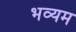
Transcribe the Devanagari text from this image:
भव्यम